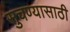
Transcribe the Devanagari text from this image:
सुचण्यासाठी